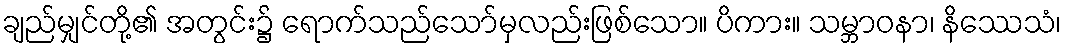
ချည်မျှင်တို့၏ အတွင်း၌ ရောက်သည်သော်မှလည်းဖြစ်သော။ ပိကား။ သမ္ဘာဝနာ၊ နိဿေသံ၊